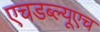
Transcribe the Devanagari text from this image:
एचडब्ल्यूएच